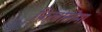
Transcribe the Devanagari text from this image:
फ़िलोसोमा